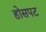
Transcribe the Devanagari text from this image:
होसपट